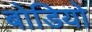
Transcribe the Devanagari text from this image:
बोडियो